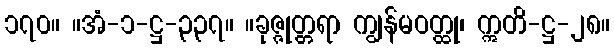
၁၇၀။ ။အံ-၁-ဋ္ဌ-၃၃၇။ ။ခုဇ္ဇုတ္တရာ ကျွန်မဝတ္ထု၊ ဣတိ-ဋ္ဌ-၂၈။